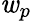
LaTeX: \mathit{w}_{p}